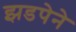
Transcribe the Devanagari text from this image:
झडपेने